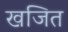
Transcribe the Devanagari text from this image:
खजित